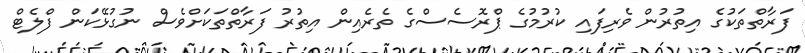
ފަރާތްތަކުގެ އިތުރުން ވެރިފައި ކުރުމުގެ ޕްރޮސެސްގެ ތެރެއިން އިތުރު ފަރާތްތަކަށްވެސް ނުގުޅޭކަން ފްލެޓް